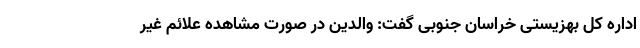
اداره کل بهزیستی خراسان جنوبی گفت: والدین در صورت مشاهده علائم غیر